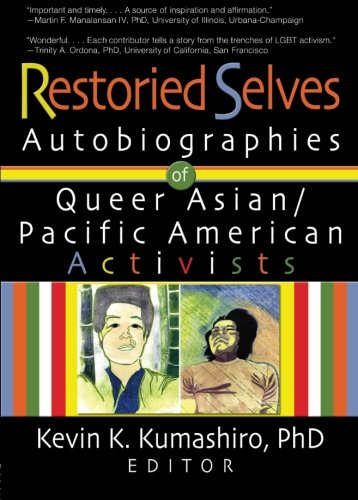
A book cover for Restoried Selves: Autobiographies of Queer Asian / Pacific American Activists (Haworth Gay & Lesbian Studies); John Dececco  Phd; Gay & Lesbian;